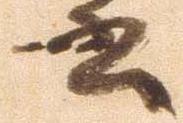
書